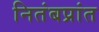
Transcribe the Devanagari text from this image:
नितंबप्रांत